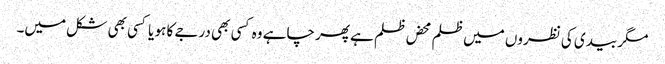
مگر بیدی کی نظروں میں ظلم محض ظلم ہے پھر چاہے وہ کسی بھی درجے کا ہو یا کسی بھی شکل میں۔